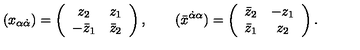
( x _ { \alpha \dot { \alpha } } ) = \left( \begin{array} { c c } { z _ { 2 } } & { z _ { 1 } } \\ { - \bar { z } _ { 1 } } & { \bar { z } _ { 2 } } \\ \end{array} \right) , \qquad ( \bar { x } ^ { \dot { \alpha } \alpha } ) = \left( \begin{array} { c c } { \bar { z } _ { 2 } } & { - z _ { 1 } } \\ { \bar { z } _ { 1 } } & { z _ { 2 } } \\ \end{array} \right) .